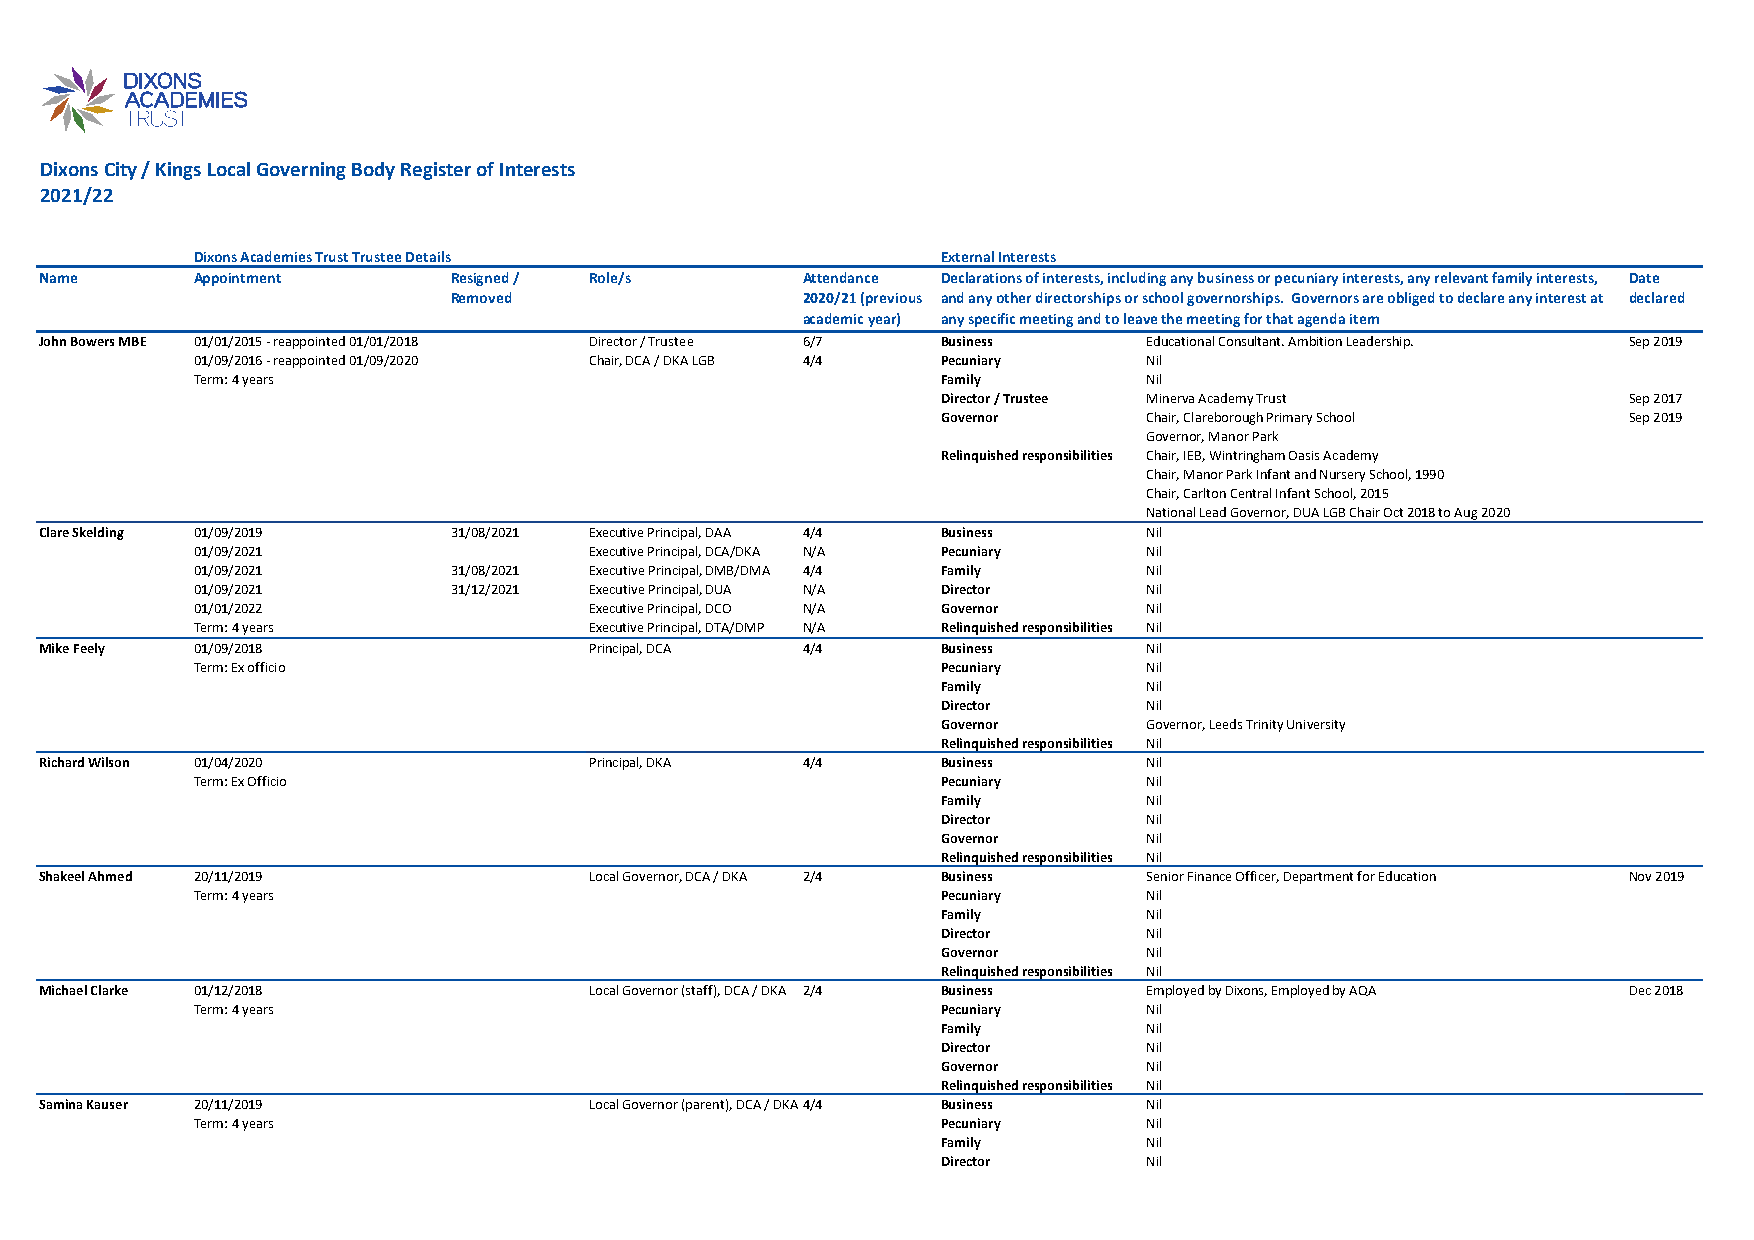
Dixons City / Kings Local Governing Body Register of Interests
 2021/22
 Dixons Academies Trust Trustee Details           External Interests
 Name      Appointment      Resigned / Role/s      Attendance Declarations of interests, including any business or pecuniary interests, any relevant family interests, Date
 Removed                2020/21 (previous and any other directorships or school governorships. Governors are obliged to declare any interest at declared
 academic year) any specific meeting and to leave the meeting for that agenda item
 John Bowers MBE 01/01/2015 - reappointed 01/01/2018 Director / Trustee 6/7 Business Educational Consultant. Ambition Leadership. Sep 2019
 01/09/2016 - reappointed 01/09/2020 Chair, DCA / DKA LGB 4/4 Pecuniary Nil
 Term: 4 years                                    Family        Nil
 Director / Trustee Minerva Academy Trust      Sep 2017
 Governor      Chair, Clareborough Primary School Sep 2019
 Governor, Manor Park
 Relinquished responsibilities Chair, IEB, Wintringham Oasis Academy
 Chair, Manor Park Infant and Nursery School, 1990
 Chair, Carlton Central Infant School, 2015
 National Lead Governor, DUA LGB Chair Oct 2018 to Aug 2020
 Clare Skelding 01/09/2019  31/08/2021 Executive Principal, DAA 4/4 Business Nil
 01/09/2021                Executive Principal, DCA/DKA N / A P e c u n i a r y N i l
 01/09/2021       31/08/2021 Executive Principal, DMB/DMA 4/4 Family Nil
 01/09/2021       31/12/2021 Executive Principal, DUA N/A Director Nil
 01/01/2022                Executive Principal, DCO N/A Governor Nil
 Term: 4 years             Executive Principal, DTA/DMP N/A Relinquished responsibilities Nil
 Mike Feely 01/09/2018               Principal, DCA 4/4     Business      Nil
 Term: Ex officio                                 Pecuniary     Nil
 Family        Nil
 Director      Nil
 Governor      Governor, Leeds Trinity University
 Relinquished responsibilities Nil
 Richard Wilson 01/04/2020           Principal, DKA 4/4     Business      Nil
 Term: Ex Officio                                 Pecuniary     Nil
 Family        Nil
 Director      Nil
 Governor      Nil
 Relinquished responsibilities Nil
 Shakeel Ahmed 20/11/2019            Local Governor, DCA / DKA 2/4 Business Senior Finance Officer, Department for Education Nov 2019
 Term: 4 years                                    Pecuniary     Nil
 Family        Nil
 Director      Nil
 Governor      Nil
 Relinquished responsibilities Nil
 Michael Clarke 01/12/2018           Local Governor (staff), DCA / DKA 2/4 Business Employed by Dixons, Employed by AQA Dec 2018
 Term: 4 years                                    Pecuniary     Nil
 Family        Nil
 Director      Nil
 Governor      Nil
 Relinquished responsibilities Nil
 Samina Kauser 20/11/2019            Local Governor (parent), DCA / DKA4/4 Business Nil
 Term: 4 years                                    Pecuniary     Nil
 Family        Nil
 Director      Nil